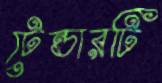
টেন্ডারটি